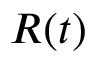
R ( t )